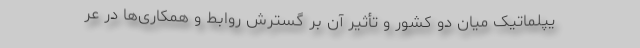
یپلماتیک میان دو کشور و تأثیر آن بر گسترش روابط و همکاری‌ها در عر